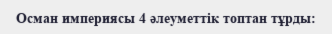
Осман империясы 4 әлеуметтік топтан тұрды: